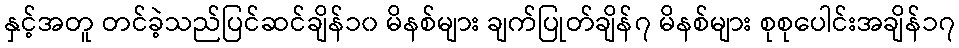
နှင့်အတူ တင်ခဲ့သည်ပြင်ဆင်ချိန်၁၀ မိနစ်များ ချက်ပြုတ်ချိန်၇ မိနစ်များ စုစုပေါင်းအချိန်၁၇